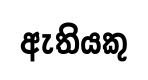
ඇතියකු